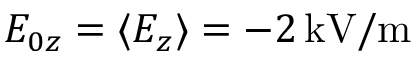
E _ { 0 z } = \langle E _ { z } \rangle = - 2 \, \mathrm { k V / m }